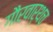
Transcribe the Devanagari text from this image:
गौरवार्थच